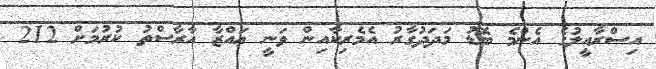
އިސްރާއީލުގެ އެންމެ ބޮޑު މަދަދުގާރު އެމެރިކާއިން ވަނީ ޢައްޒާ އާރާސްތު ކުރުމަށް 212